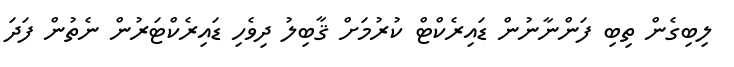
ލިބިގެން ތިބި ފަންނާނުން ޑައިރެކްޓް ކުރުމަށް ޤާބިލު ދިވެހި ޑައިރެކްޓަރުން ނެތުން ފަދަ